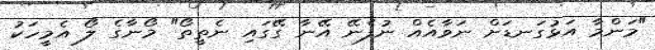
"މަންމާ އަޅުގަނޑަށް ނަވާއެއް ނުފެނޭ އޭނާ ގޭގައި ނެތީތޯ" މޯނާގެ ލޯ އެމީހަކު